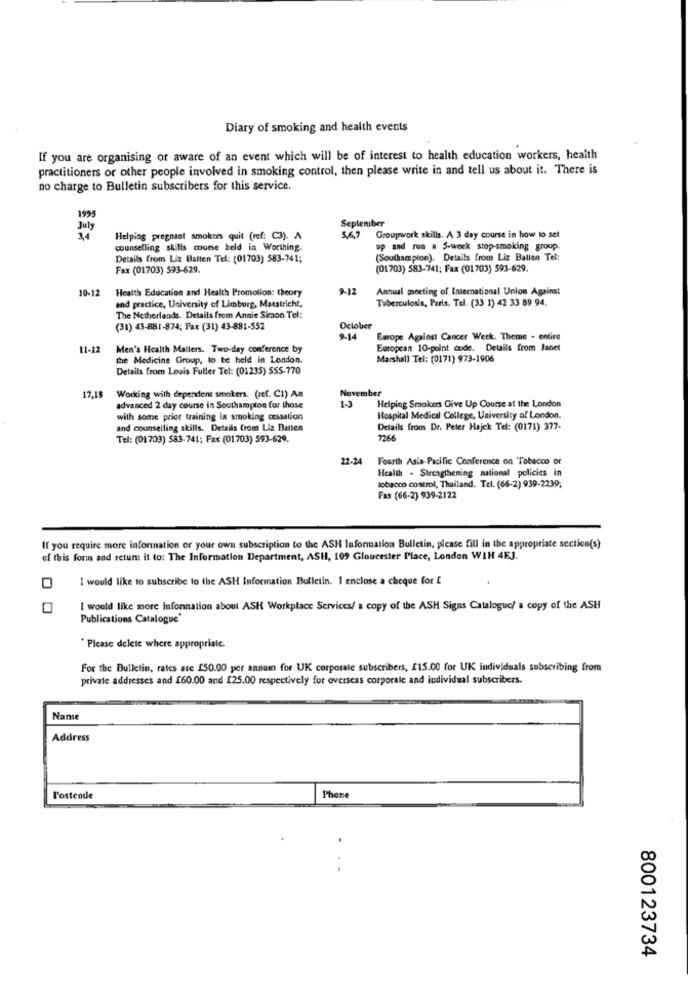
Diary of smoking and health events
If you are organising or aware of an event which will be of interest to health education workers, health
practitioners or other people involved in smoking control, then please write in and tell us about it. There is
no charge to Bulletin subscribers for this service.
1995
September
July
Helping pregnant smokers quit (ref: C3). A
5,6,7 Groupwork skills. A 3 day course in how to set
counselling skills course beld in Worthing.
up and run . S-week stop-smoking group.
Details from Liz Ballen Tel: (01703) 583-741;
(Southampion). Details from Liz Ballen Tel:
Fax (01703) 593-629.
(01703) 583-741; Fax (01703) 593-629.
10-12
Health Education and Health Promotion: theory
9-12
Annual meeting of International Union Against
Tuberculosis, Paris. Tel. (33 1) 42 33 89 94.
and practice, University of Limburg, Maastricht,
The Netherlands. Details from Annie Simon Tel:
(31) 43-881-874; Fax (31) 43-881-552
October
9-14
Europe Against Cancer Week. Theme - entire
11-12
Men's Health Matters. Two-day conference by
European 10-point code. Details from Janet
the Medicine Group, to te held in London.
Marshall Tel: (0171) 973-1906
Details from Louis Fuller Tel: (01235) SSS-770
Working with dependent smokers. (ref. CI) An
November
17,1
1-3
advanced 2 day course in Southampton for those
Helping Smokers Give Up Course at the London
with some prior training in smoking cessation
Hospital Medical College, University of London.
and counselling skills. Details from Liz Batten
Details from Dr. Peter Hajek Tel: (0171) 377-
Tel: (01703) 583-741; Fax (01703) 593-629.
22-24
Fourth Asia-Pacific Conference on Tobacco or
Health . Strengthening national policies in
tobacco control, Thailand. Tel. (66-2) 939-2239;
Fax (66-2) 939-2122
If you require more information or your own subscription to the ASH Information Bulletin, please fill in the appropriate section(s)
of this form and retum it to: The Information Department, ASH, 109 Gloucester Place, London WIH 4EJ.
I would like to subscribe to the ASH Information Bulletin. I enclose a cheque for £
O
I would like more information about ASH Workplace Services/ a copy of the ASH Signs Catalogue/ a copy of the ASH
Publications Catalogue'
* Please delete where appropriate.
For the Bulletin, rates are £50.00 per annuin for UK corporate subscribers, £15.00 for UK individuals subscribing from
private addresses and £60.00 and [25.00 respectively for overseas corporale and individual subscribers.
Name
Address
l'ostcode
Phone
800123734